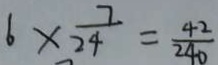
6 \times \frac { 7 } { 2 4 } = \frac { 4 2 } { 2 4 0 }